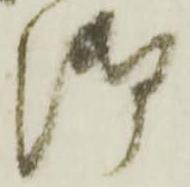
御